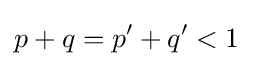
p+q=p'+q'<1